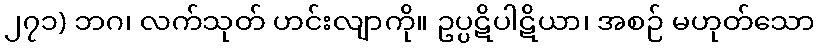
၂၇၁) ဘဂ၊ လက်သုတ် ဟင်းလျာကို။ ဥပ္ပဋိပါဋိယာ၊ အစဉ် မဟုတ်သော